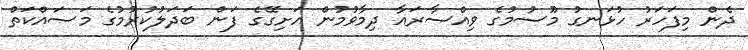
ދެން މިފަހަރު ހުޅަނގު މޫސުމުގެ ވިއްސާރައާ ދިމާވުމުން އަށިގޭގެ ފަން ބަދަލުކުރުމުގެ މަސައްކަތް